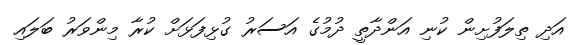
އަދި ތިލަފުށިން ކުނި އަންދާތީ ދުމުގެ އަސަރު ގުޅިފަޅަށް ކުރާ މިންވަރު ބަލައި